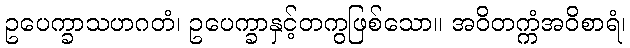
ဥပေက္ခာသဟဂတံ၊ ဥပေက္ခာနှင့်တကွဖြစ်သော။ အဝိတက္ကံအဝိစာရံ၊